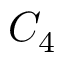
C _ { 4 }